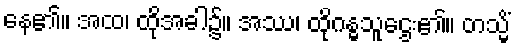
နေ၏။ အထ၊ ထိုအခါ၌။ အဿ၊ ထိုဂန္ဓသူဌေး၏။ တသ္မိံ